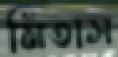
মিতাস